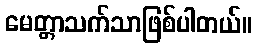
မေတ္တာသက်သာဖြစ်ပါတယ်။